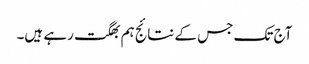
آج تک جس کے نتائج ہم بھگت رہے ہیں۔